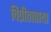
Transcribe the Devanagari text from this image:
विप्रीताताया